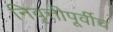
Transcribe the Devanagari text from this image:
निवृत्तीपूर्वीच